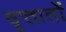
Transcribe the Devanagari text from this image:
वृत्तातों